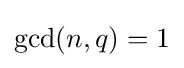
{\rm {gcd}}(n,q)=1